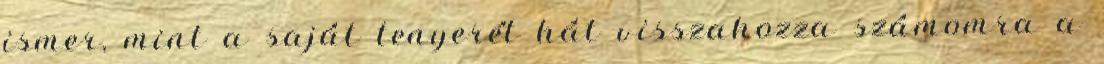
ismer, mint a saját tenyerét hát visszahozza számomra a